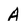
Character: A